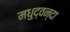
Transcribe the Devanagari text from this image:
मधुद्वन्दा